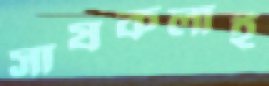
সাষকলাই